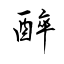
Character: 醉